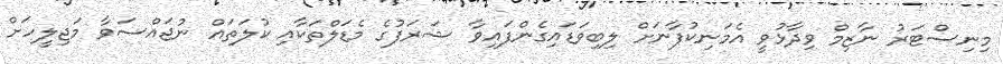
މިނިސްޓަރު ނާޒިމް ވިދާޅުވީ އެމަނިކުފާނަށް ލިބިވަޑައިގެންފައިވާ ޝަރަފުގެ މެޑަލްތަކާއި ކުލަތައް ނުޖައްސަވާ މަޖިލީހަށް